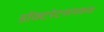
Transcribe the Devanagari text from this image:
डॉक्टरेटसमकक्ष